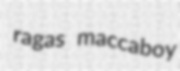
ragas maccaboy